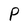
Character: P